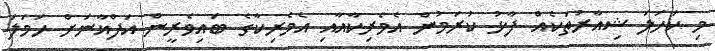
މި ކަހަލަ ޝިއާރުތަކެއް ފާޅު ކުރަމުން އެމެރިކާއާއި އެމެރިކާގެ ބައިވެރީން އަފްޣާނަށް ހަމަލަ